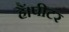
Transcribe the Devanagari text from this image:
हैं।पीटर